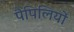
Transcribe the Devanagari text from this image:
पैपिलियों